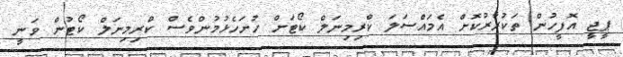
ޕީޖީ އޮފީހުން ތަކުރާރުކޮށް އެމައްސަލަ ކްރިމިނަލް ކޯޓަށް ހުށަހެޅުމުންވެސް ކްރިމިނަލް ކޯޓުން ވަނީ